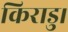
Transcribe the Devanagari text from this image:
किराडु।